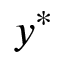
y ^ { * }